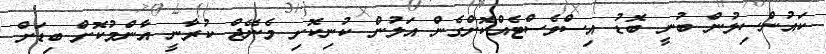
ކައުންސިލުން ބުނީ ބޮޑު އިސްވެސްޓެއްކޮށްގެން އަލުން ކުނިކޮށި މެނޭޖް ކުރާނީ އާންމުކޮށް ބިޑަށް